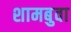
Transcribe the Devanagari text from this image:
शामबुवा